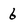
Character: 6